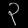
Digit: ၃